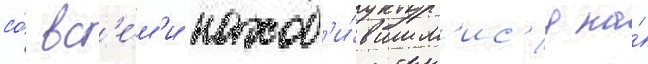
со́ вс'е́м'и наход'и́вшим'ис'я на́